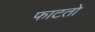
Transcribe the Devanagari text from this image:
फाटतो